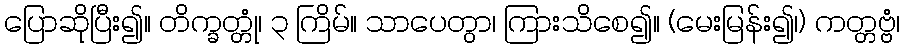
ပြောဆိုပြီး၍။ တိက္ခတ္တုံ၊ ၃ ကြိမ်။ သာပေတွာ၊ ကြားသိစေ၍။ (မေးမြန်း၍၊) ကတ္တဗ္ဗံ၊